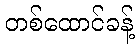
တစ်ထောင်ခန့်